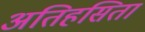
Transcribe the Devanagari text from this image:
अतिहसिता